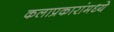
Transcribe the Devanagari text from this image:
कलाप्रकारांमध्ये